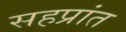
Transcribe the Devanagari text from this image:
सहप्रांत